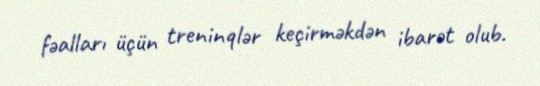
fəalları üçün treninqlər keçirməkdən ibarət olub.